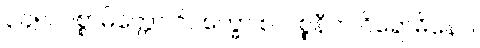
၃၄၅။ ပစ္စာမိတ္တော ဝိပက္ခော စ၊ ပစ္စနီက ဝိရောဓိနော။